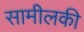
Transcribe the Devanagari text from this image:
सामीलकी